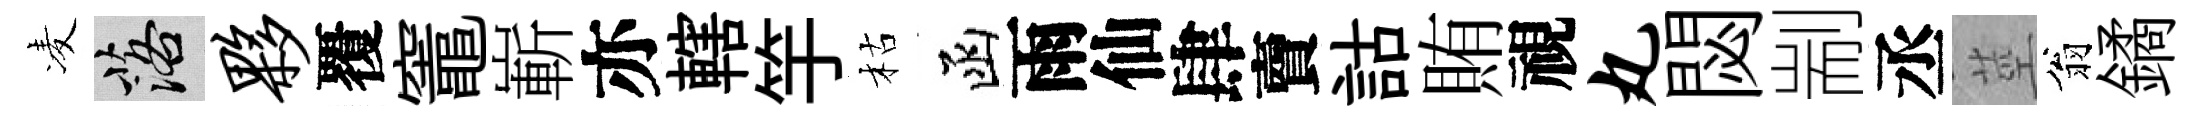
凌落夥覆竈嶄亦轄竽枯函雨仙肆𧶠詁賄視丸閟剬丞莖翁鐍